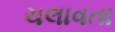
ચલાવતા